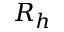
R _ { h }